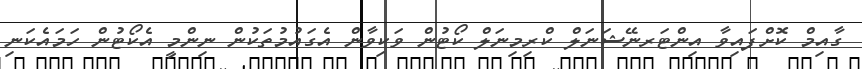
ގާއިމް ކޮށްފައިވާ އިންޓަރނޭޝަނަލް ކްރިމިނަލް ކޯޓުން ވަކިވާން އެގައުމުތަކުން ނިންމީ އެކޯޓުން ހަމައެކަނި